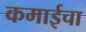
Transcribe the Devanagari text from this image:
कमाईचा